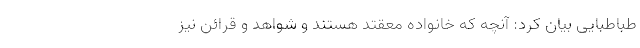
طباطبایی بیان کرد: آنچه که خانواده معقتد هستند و شواهد و قرائن نیز